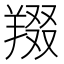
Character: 䍳